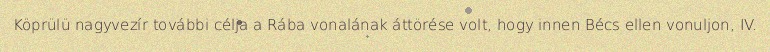
Köprülü nagyvezír további célja a Rába vonalának áttörése volt, hogy innen Bécs ellen vonuljon, IV.